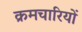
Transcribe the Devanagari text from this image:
क्रमचारियों